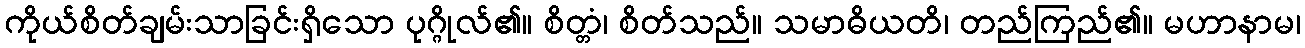
ကိုယ်စိတ်ချမ်းသာခြင်းရှိသော ပုဂ္ဂိုလ်၏။ စိတ္တံ၊ စိတ်သည်။ သမာဓိယတိ၊ တည်ကြည်၏။ မဟာနာမ၊